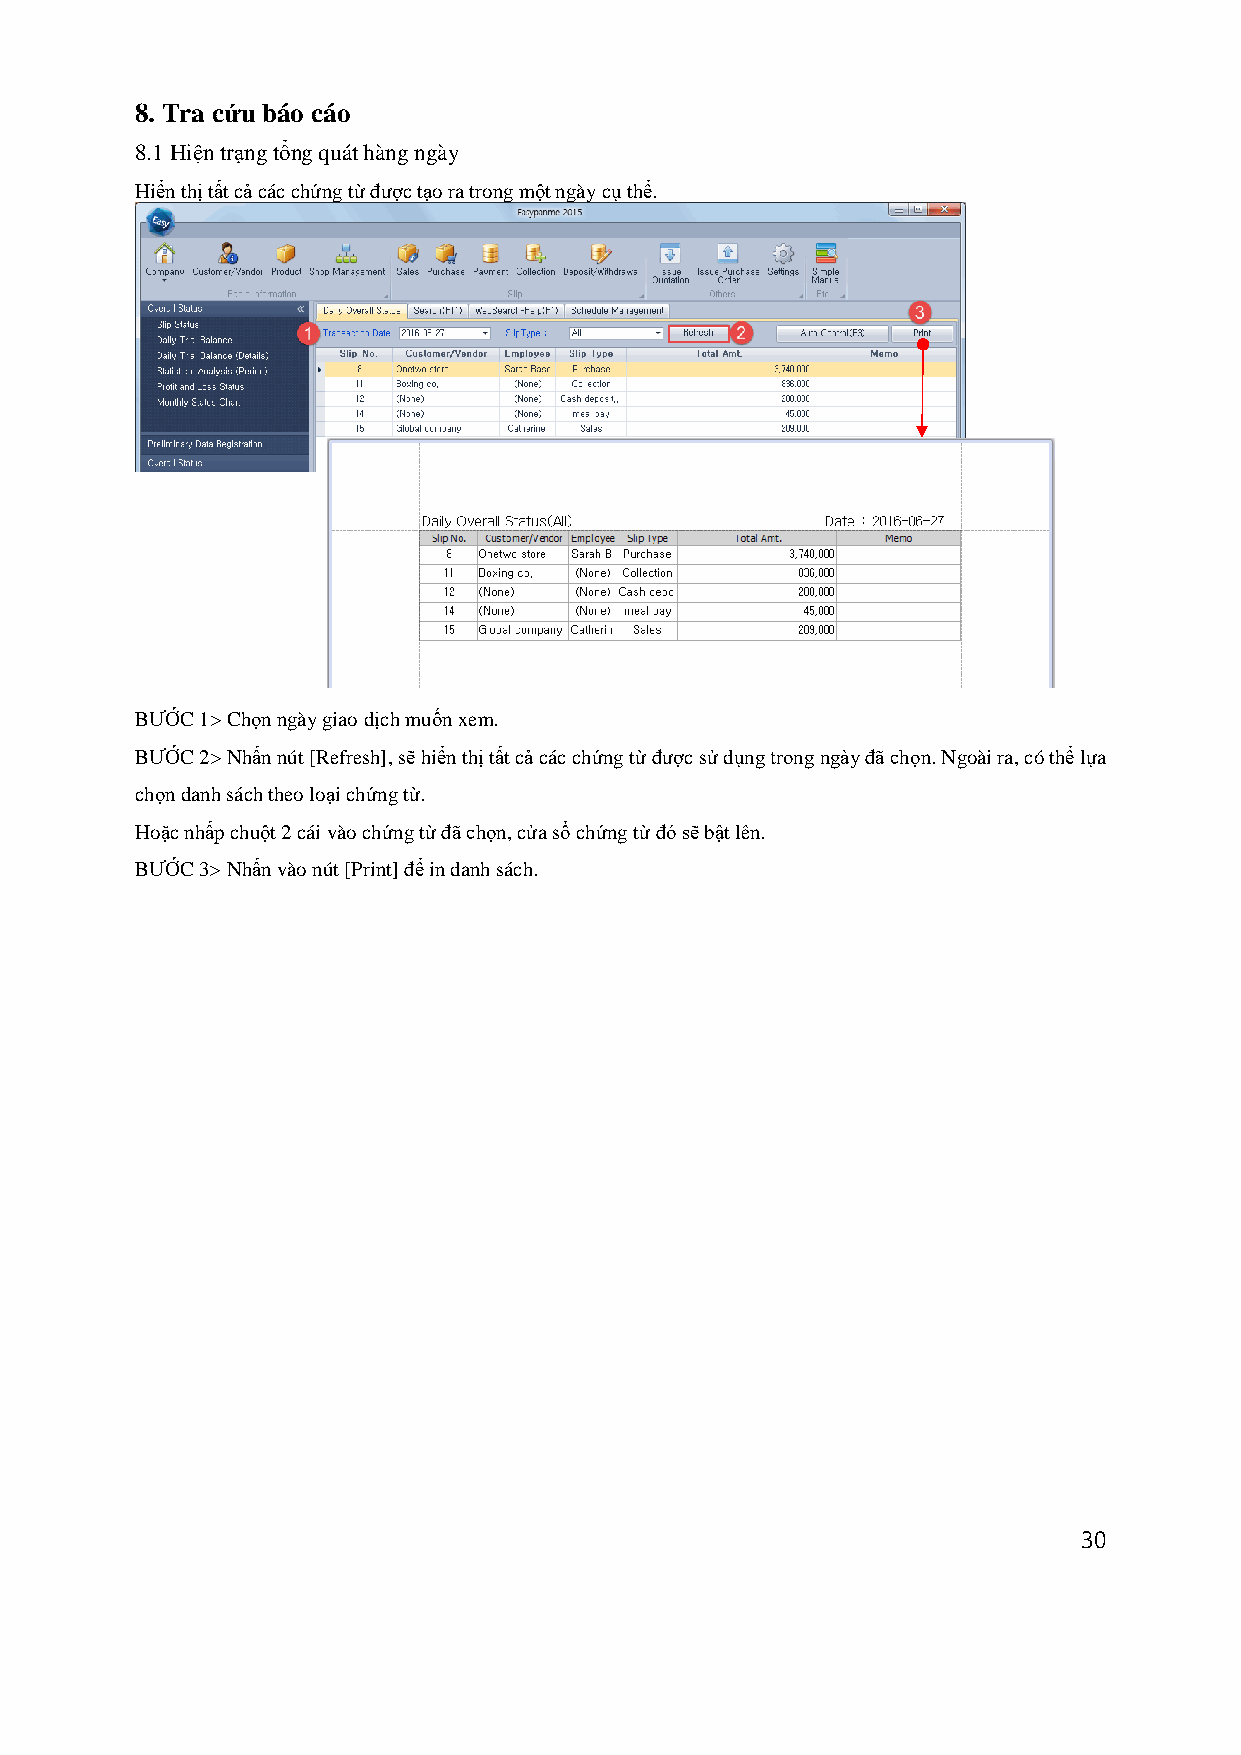
8. Tra cứu báo cáo
 8.1 Hiện trạng tổng quát hàng ngày
 Hiển thị tất cả các chứng từ được tạo ra trong một ngày cụ thể.
 BƯỚC 1> Chọn ngày giao dịch muốn xem.
 BƯỚC 2> Nhấn nút [Refresh], sẽ hiển thị tất cả các chứng từ được sử dụng trong ngày đã chọn. Ngoài ra, có thể lựa
 chọn danh sách theo loại chứng từ.
 Hoặc nhấp chuột 2 cái vào chứng từ đã chọn, cửa sổ chứng từ đó sẽ bật lên.
 BƯỚC 3> Nhấn vào nút [Print] để in danh sách.
 30